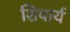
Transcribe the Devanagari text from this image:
शिवार्य